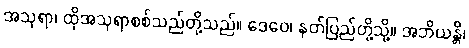
အသုရာ၊ ထိုအသုရာစစ်သည်တို့သည်။ ဒေဝေ၊ နတ်ပြည်တို့သို့။ အဘိယန္တိ၊